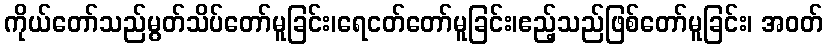
ကိုယ်တော်သည်မွတ်သိပ်တော်မူခြင်း၊ရေငတ်တော်မူခြင်း၊ဧည့်သည်ဖြစ်တော်မူခြင်း၊ အဝတ်